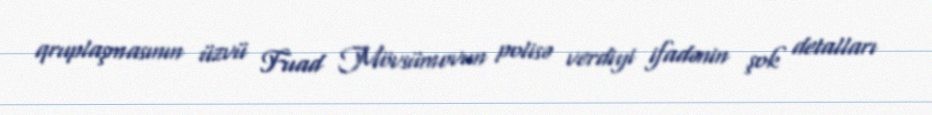
qruplaşmasının üzvü Fuad Mövsümovun polisə verdiyi ifadənin şok detalları